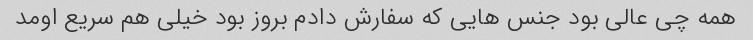
همه چی عالی بود جنس هایی که سفارش دادم بروز بود خیلی هم سریع اومد